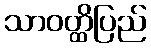
သာဝတ္ထိပြည်